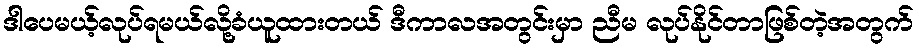
ဒါပေမယ့်လုပ်ရမယ်လို့ခံယူထားတယ် ဒီကာလအတွင်းမှာ ညီမ လုပ်နိုင်တာဖြစ်တဲ့အတွက်